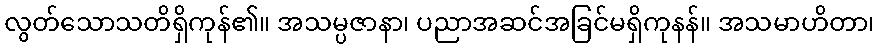
လွတ်သောသတိရှိကုန်၏။ အသမ္ပဇာနာ၊ ပညာအဆင်အခြင်မရှိကုနန်။ အသမာဟိတာ၊